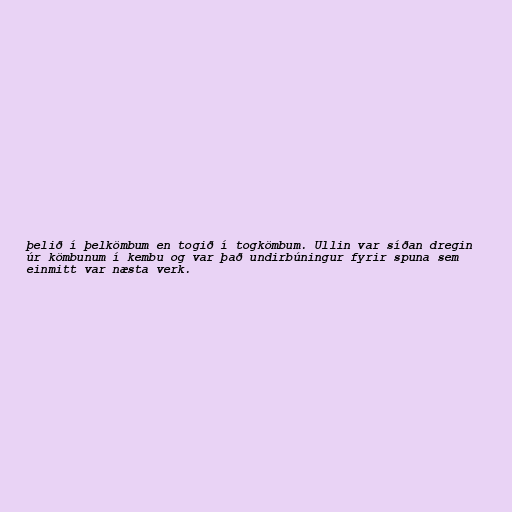
þelið í þelkömbum en togið í togkömbum. Ullin var síðan dregin
úr kömbunum í kembu og var það undirbúningur fyrir spuna sem
einmitt var næsta verk.